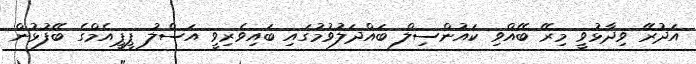
އަދުރޭ ވިދާޅުވީ މިރޭ ބޭއްވި ކައުންސިލް ބައްދަލުވުމުގައި ބައިވެރިވީ އަސްލު ޕީޕީއެމްގެ ބޭފުޅުން